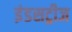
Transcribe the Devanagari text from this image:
इंडसट्रीज